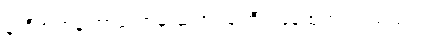
နာရီအတန်ကြာတော့မှ ဆရာဝန်ကြီး ပြန်ထွက်လာသည်။